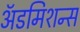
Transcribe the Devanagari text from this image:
अॅडमिशन्स